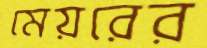
মেয়রের